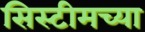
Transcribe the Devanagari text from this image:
सिस्टीमच्या